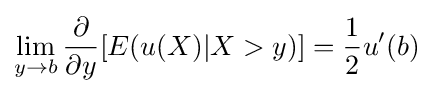
\lim _{y\to b}{\frac {\partial }{\partial y}}[E(u(X)|X>y)]={\frac {1}{2}}u'(b)